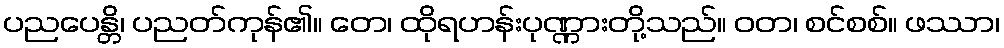
ပညပေန္တိ၊ ပညတ်ကုန်၏။ တေ၊ ထိုရဟန်းပုဏ္ဏားတို့သည်။ ဝတ၊ စင်စစ်။ ဖဿာ၊